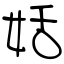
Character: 姡